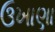
ઉખાણા